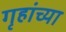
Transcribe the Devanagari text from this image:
गृहांच्या